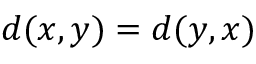
d ( x , y ) = d ( y , x )